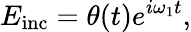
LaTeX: E_{\mathrm{inc}}=\theta(t)e^{i\omega_{1}t},